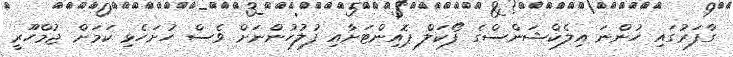
ގާފަރުގައި ހުންނަ އިލެކްޝަންސްގެ ފޯކަލް ޕޮއިންޓަށާއި ފުލުހުންނަށް ވެސް ހުށަހެޅި ކަމަށް ޖުމްހޫރީ